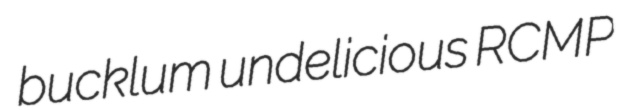
bucklum undelicious RCMP